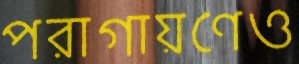
পরাগায়ণেও